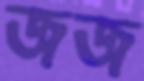
জজ